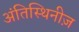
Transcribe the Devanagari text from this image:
अंतिस्थिनीज़